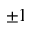
\pm 1